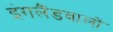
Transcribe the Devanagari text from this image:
इंगलैंडवालों